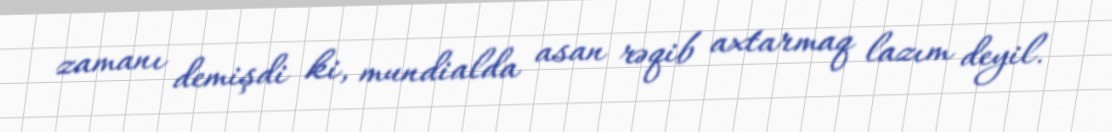
zamanı demişdi ki, mundialda asan rəqib axtarmaq lazım deyil.